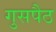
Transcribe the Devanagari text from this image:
गुसपैठ